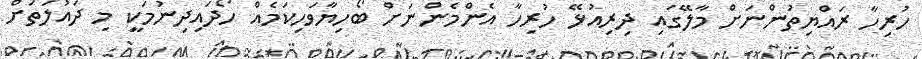
ހުރިހާ ރައްޔިތުންނަށް މާލޭގައި ދިރިއުޅޭ ހުރިހާ އެންމެންނަށް ބޯހިޔާވަހިކަމެއް ހޯދައިދިނުމަކީ މި ދައުލަތަށް